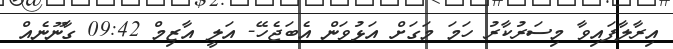
އިރާލާފައިވާ މިސަރުކާރު ހަމަ މަގަށް އަޅުވަން އެބަޖެހޭ- އަލީ އާޒިމް 09:42 ގާނޫނެއް